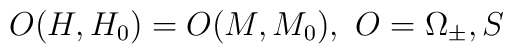
O(H,H_{0})=O(M,M_{0}),\,\,O=\Omega_{\pm},S